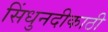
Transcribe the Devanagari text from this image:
सिंधुनदीकाठी